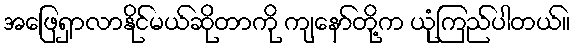
အဖြေရှာလာနိုင်မယ်ဆိုတာကို ကျနော်တို့က ယုံကြည်ပါတယ်။